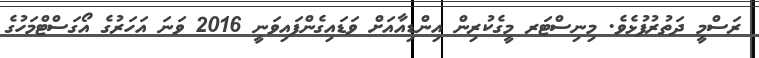
ރަސްމީ ދަތުރުފުޅެވެ. މިނިސްޓަރ މީގެކުރިން އިންޑިއާއަށް ވަޑައިގެންފައިވަނީ 2016 ވަނަ އަހަރުގެ އޯގަސްޓްމަހުގެ